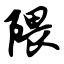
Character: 隈